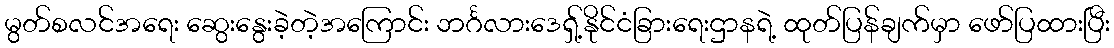
မွတ်စလင်အရေး ဆွေးနွေးခဲ့တဲ့အကြောင်း ဘင်္ဂလားဒေရှ့်နိုင်ငံခြားရေးဌာနရဲ့ ထုတ်ပြန်ချက်မှာ ဖော်ပြထားပြီး